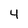
Character: 4